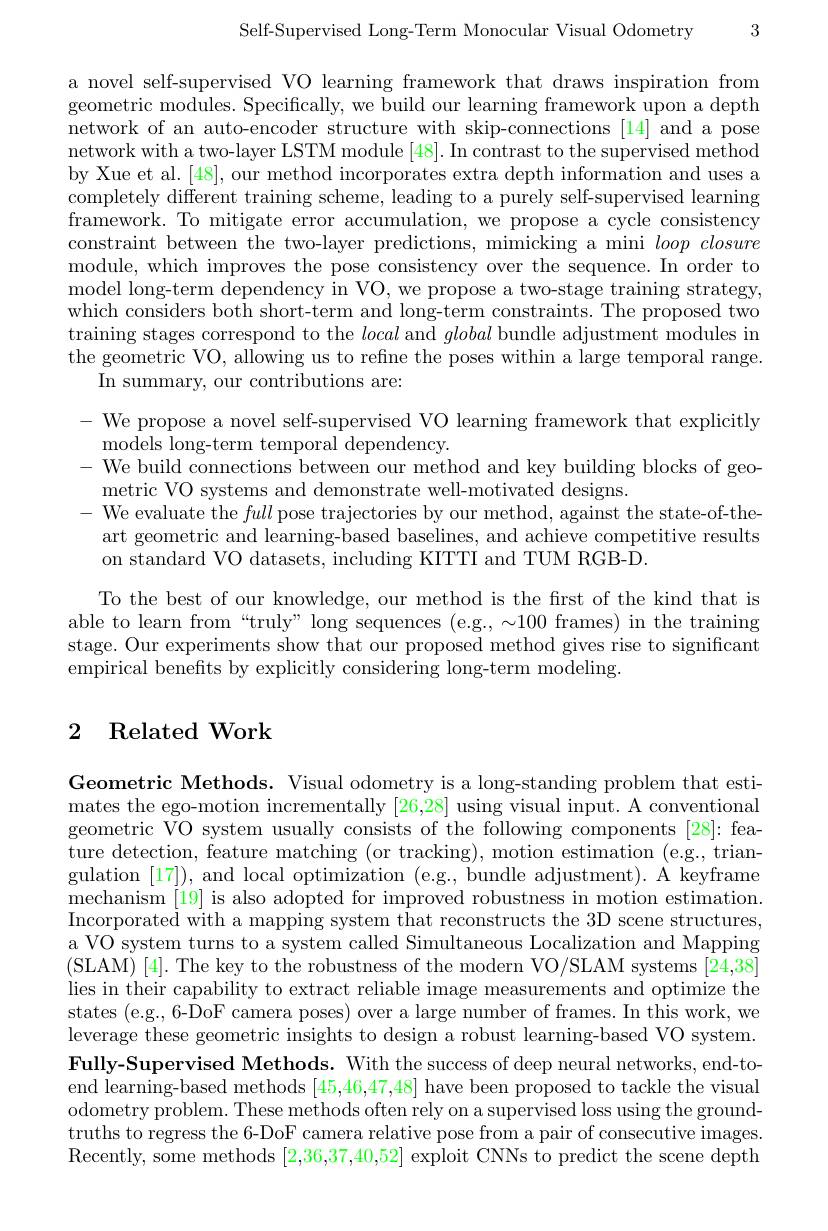
3

Self-Supervised Long-Term Monocular Visual Odometry

a novel self-supervised VO learning framework that draws inspiration from geometric modules. Specifically, we build our learning framework upon a depth network of an auto-encoder structure with skip-connections [14] and a pose network with a two-layer LSTM module [48]. In contrast to the supervised method by Xue et al. [48], our method incorporates extra depth information and uses a completely different training scheme, leading to a purely self-supervised learning framework. To mitigate error accumulation, we propose a cycle consistency constraint between the two-layer predictions, mimicking a mini $loop\textit{closure}$ module, which improves the pose consistency over the sequence. In order to model long-term dependency in VO, we propose a two-stage training strategy, which considers both short-term and long-term constraints. The proposed two training stages correspond to the local and global bundle adjustment modules in the geometric VO, allowing us to refine the poses within a large temporal range.
In summary, our contributions are:

- We propose a novel self-supervised VO learning framework that explicitly
models long-term temporal dependency.
We build connections between our method and key building blocks of geo-
metric VO systems and demonstrate well-motivated designs
- We evaluate the full pose trajectories by our method, against the state-of-theart geometric and learning-based baselines, and achieve competitive results on standard VO datasets, including KITTI and TUM RGB-D.

To the best of our knowledge, our method is the first of the kind that is able to learn from“truly” long sequences (e.g., $\sim100$ frames) in the training stage. Our experiments show that our proposed method gives rise to significant empirical benefits by explicitly considering long-term modeling.

## 2 Related Work

Geometric Methods. Visual odometry is a long-standing problem that estimates the ego-motion incrementally [26,28] using visual input. A conventional geometric VO system usually consists of the following components [28]: feature detection, feature matching (or tracking), motion estimation (e.g., triangulation [17]), and local optimization (e.g., bundle adjustment). A keyframe mechanism [19] is also adopted for improved robustness in motion estimation. Incorporated with a mapping system that reconstructs the 3D scene structures, a VO system turns to a system called Simultaneous Localization and Mapping (SLAM) [4]. The key to the robustness of the modern VO/SLAM systems [24,38] lies in their capability to extract reliable image measurements and optimize the states (e.g., 6-DoF camera poses) over a large number of frames. In this work, we leverage these geometric insights to design a robust learning-based VO system. Fully-Supervised Methods. With the success of deep neural networks, end-toend learning-based methods [45,46,47,48] have been proposed to tackle the visual odometry problem. These methods often rely on a supervised loss using the groundtruths to regress the 6-DoF camera relative pose from a pair of consecutive images. Recently, some methods [2,36,37,40,52] exploit CNNs to predict the scene depth